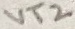
Text: VT2